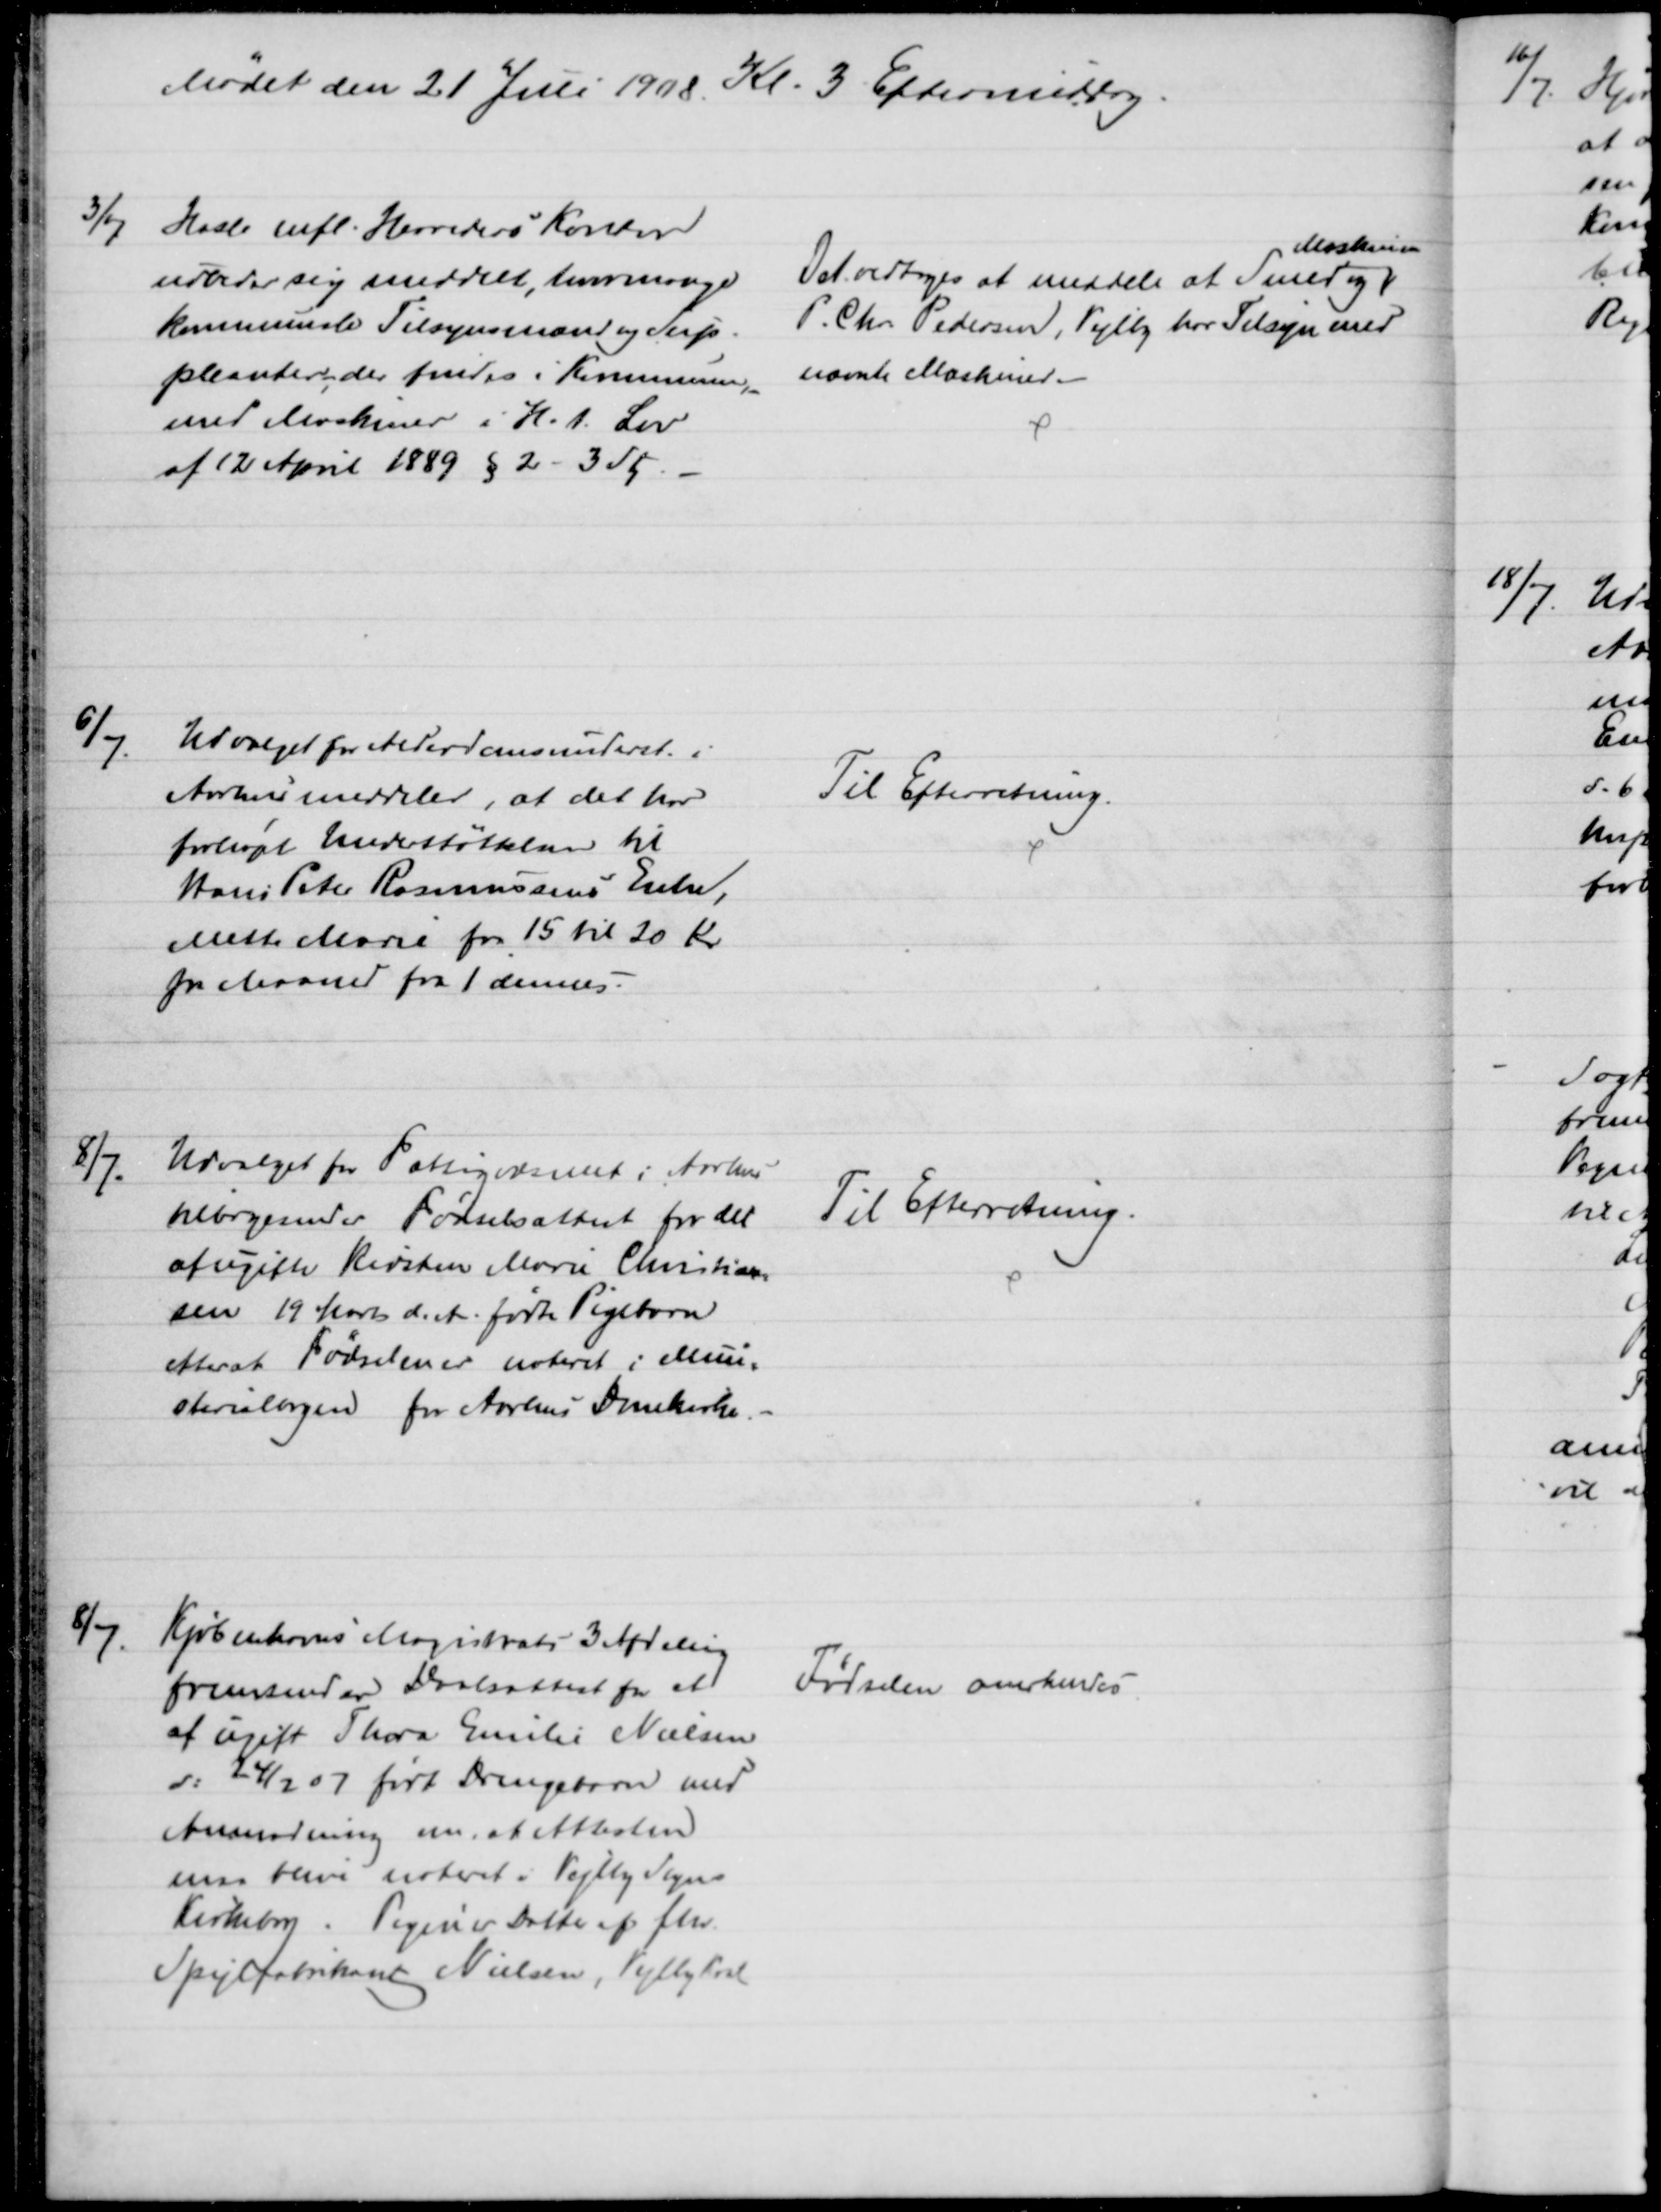
Transskription:
Mødet den 21 Juli 1908. Kl. 3 Eftermiddag.
3/7
Hasle mfl. Herreders Kontor
udbeder sig meddelt, hvormange
kommunale Tilsynsmænd og Sup-
pleanter, der findes i Kommunen,
med Maskiner i H. t. Lov
af 12 April 1889 § 2 - 3 Stk.
Det vedtoges at meddele at Smed og
Maskinm
P. Chr. Pedersen, Vejlby har Tilsyn med
nævnte Maskiner.
6/7
Udvalget for Alderdomsunderst. i
Aarhus meddeler, at det har
forhøjet Understøttelsen til 
Hans Peter Rasmussens Enke,
Mette Marie fra 15 til 20 Kr
pr Maaned fra 1 dennes.
Til Efterretning.
8/7.
Udvalget for Fattigvæsenet i Aarhus
tilbagesender Fødselsattest for det
af ugifte Kirsten Marie Christian-
sen 19 Marts d. A. fødte Pigebarn
efterat Fødselen er noteret i Mini-
sterialbogen for Aarhus Domkirke.
Til Efterretning.
8/7
Kjøbenhavns Magistrats 3 Afdeling
fremsender Daabsattest for et
af ugift Thora Emilie Nielsen
d. 24/2 07 født Drengebarn med
Anmodning om, at Attesten
maa blive noteret i Vejlby Sogns
Kirkebog. Pigen er Datter af fhv.
Spejlfabrikant Nielsen, Vejlby Krat
Fødselen anerkendes.